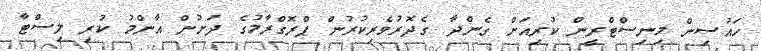
ހައުސިން މިނިސްޓްރީން ކުރިއަށް ގެންދާ ގެދޮރުވެރިކުރުން ޕްރޮގްރާމުގެ ދަށުން އާންމު ކުރި ލިސްޓާ